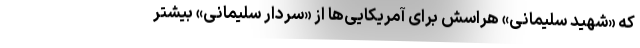
که «شهید سلیمانی» هراسش برای آمریکایی‌ها از «سردار سلیمانی» بیشتر